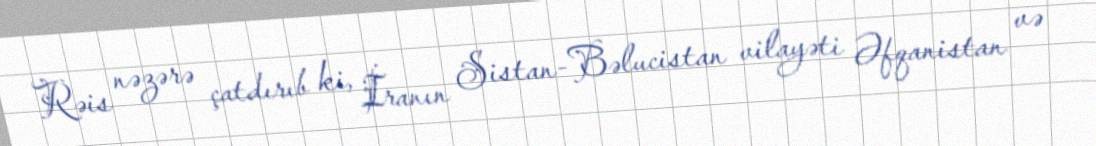
Rəis nəzərə çatdırıb ki, İranın Sistan-Bəlucistan vilayəti Əfqanistan və